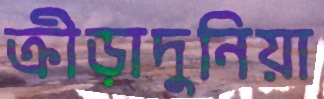
ক্রীড়াদুনিয়া